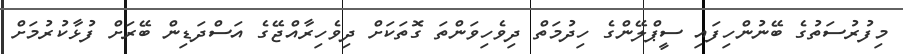
މިފުރުސަތުގެ ބޭނުންހިފައި ސީޕްލޭންގެ ހިދުމަތް ދިވެހިވަންތަ ގޮތަކަށް ދިވެހިރާއްޖޭގެ އަސްދަޑިން ބޭރަށް ފުޅާކުރުމަށް